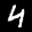
Label: 4